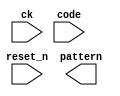
module rw_manager_data_decoder(
	ck, 
	reset_n, 
	code, 
	pattern
);

	parameter DATA_WIDTH 		= "";
	parameter AFI_RATIO 		= "";

	input ck;
	input reset_n;
	input [3:0] code;
	output [2 * DATA_WIDTH * AFI_RATIO - 1 : 0] pattern;

	reg [3:0] code_R;

	always @(posedge ck or negedge reset_n) begin
		if(~reset_n) begin
			code_R <= 4'b0000;
		end
		else begin
			code_R <= code;
		end
	end

	genvar j;
	generate
		for(j = 0; j < DATA_WIDTH; j = j + 1)
		begin : bit_pattern
			if(j % 2 == 0) begin
				assign pattern[j] = code_R[3];
				assign pattern[j + DATA_WIDTH] = code_R[2];
				if (AFI_RATIO == 2) begin
					assign pattern[j + 2 * DATA_WIDTH] = code_R[3] ^ code_R[1];
					assign pattern[j + 3 * DATA_WIDTH] = code_R[2] ^ code_R[1];
				end else if (AFI_RATIO == 4) begin 
					assign pattern[j + 2 * DATA_WIDTH] = code_R[3] ^ code_R[1];
					assign pattern[j + 3 * DATA_WIDTH] = code_R[2] ^ code_R[1];
					assign pattern[j + 4 * DATA_WIDTH] = code_R[3];
					assign pattern[j + 5 * DATA_WIDTH] = code_R[2];
					assign pattern[j + 6 * DATA_WIDTH] = code_R[3] ^ code_R[1];
					assign pattern[j + 7 * DATA_WIDTH] = code_R[2] ^ code_R[1];
				end
			end
			else begin
				assign pattern[j] = code_R[3] ^ code_R[0];
				assign pattern[j + DATA_WIDTH] = code_R[2] ^ code_R[0];
				if (AFI_RATIO == 2) begin
					assign pattern[j + 2 * DATA_WIDTH] = code_R[3] ^ code_R[1] ^ code_R[0];
					assign pattern[j + 3 * DATA_WIDTH] = code_R[2] ^ code_R[1] ^ code_R[0];
				end else if (AFI_RATIO == 4) begin 
					assign pattern[j + 2 * DATA_WIDTH] = code_R[3] ^ code_R[1] ^ code_R[0];
					assign pattern[j + 3 * DATA_WIDTH] = code_R[2] ^ code_R[1] ^ code_R[0];
					assign pattern[j + 4 * DATA_WIDTH] = code_R[3] ^ code_R[0];
					assign pattern[j + 5 * DATA_WIDTH] = code_R[2] ^ code_R[0];
					assign pattern[j + 6 * DATA_WIDTH] = code_R[3] ^ code_R[1] ^ code_R[0];
					assign pattern[j + 7 * DATA_WIDTH] = code_R[2] ^ code_R[1] ^ code_R[0];
				end
			end
		end
	endgenerate

endmodule